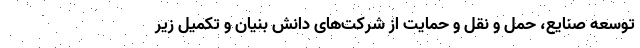
توسعه صنایع، حمل و نقل و حمایت از شرکت‌های دانش بنیان و تکمیل زیر